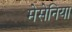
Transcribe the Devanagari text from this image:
मेसेनिया